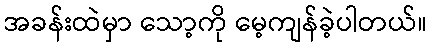
အခန်းထဲမှာ သော့ကို မေ့ကျန်ခဲ့ပါတယ်။